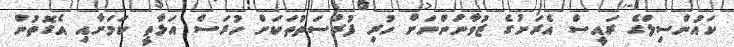
ކައުންސިލްގެ ރައީސް އެރަށުގެ ޒުވާނުންނަށް ހުރި ފުރުސަތުތަކަށް ހުރަސް އަޅާތީ ކަމަށާއި އެގޮތުން